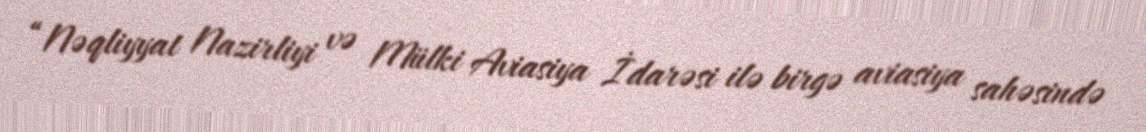
“Nəqliyyat Nazirliyi və Mülki Aviasiya İdarəsi ilə birgə aviasiya sahəsində